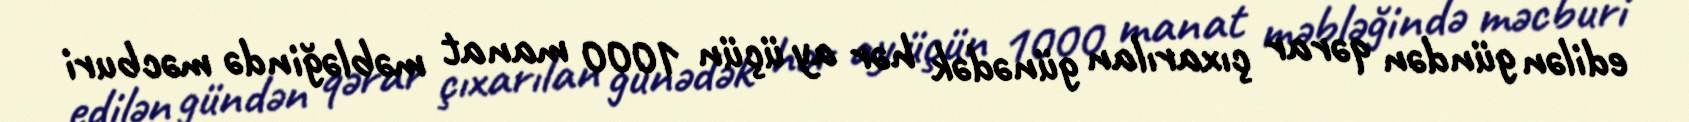
edilən gündən qərar çıxarılan günədək hər ay üçün 1000 manat məbləğində məcburi